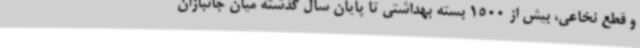
و قطع نخاعی، بیش از 1500 بسته بهداشتی تا پایان سال گذشته میان جانبازان